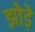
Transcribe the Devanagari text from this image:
झोड़े